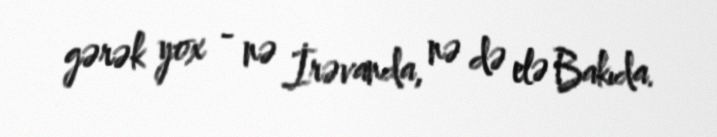
gərək yox - nə İrəvanda, nə də elə Bakıda.